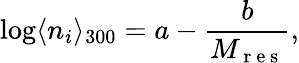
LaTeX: \log\langle n_{i}\rangle_{300}=a-\frac{b}{M_{\mathrm{~r~e~s~}}},